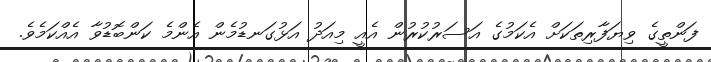
ފަންތީގެ ވިޔަފާރިތަކަށް އެކަމުގެ އަސަރުކުރުން އެއީ މިއަދު އަޅުގަނޑުމެން އެންމެ ކަންބޮޑުވާ އެއްކަމެވެ.